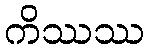
ကိဿဿ